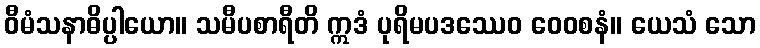
ဝီမံသနာဓိပ္ပါယော။ သမီပစာရီတိ ဣဒံ ပုရိမပဒဿေဝ ဝေဝစနံ။ ယေသံ သော